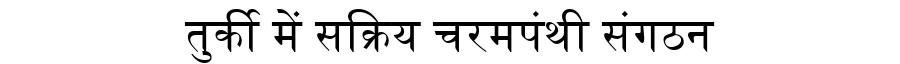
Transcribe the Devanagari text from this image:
तुर्की में सक्रिय चरमपंथी संगठन